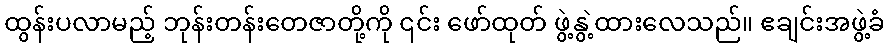
ထွန်းပလာမည့် ဘုန်းတန်းတေဇာတို့ကို ၎င်း ဖော်ထုတ် ဖွဲ့နွဲ့ထားလေသည်။ ဧချင်းအဖွဲ့ခံ